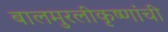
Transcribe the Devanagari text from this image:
बालमुरलीकृष्णांची